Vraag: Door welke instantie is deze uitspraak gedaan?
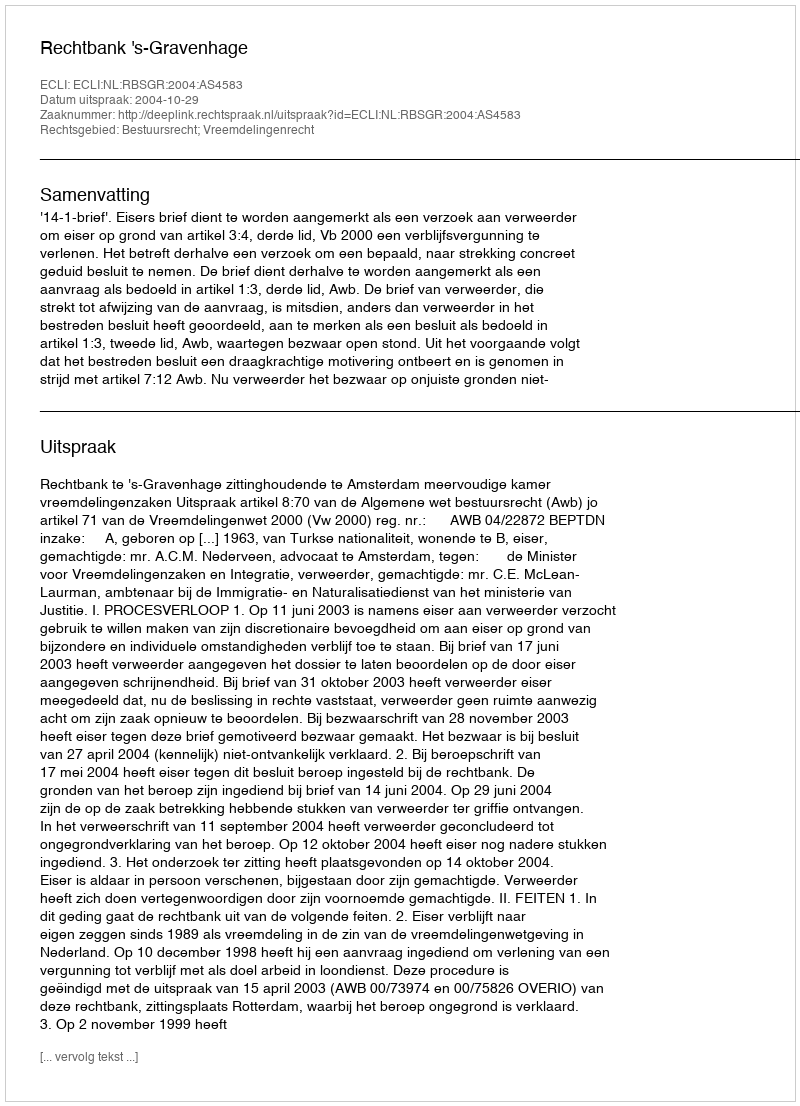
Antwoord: Rechtbank 's-Gravenhage